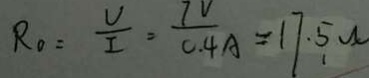
R _ { 0 } = \frac { U } { I } = \frac { 7 V } { 0 . 4 A } = 1 7 . 5 W